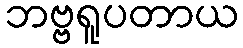
ဘဗ္ဗရူပတာယ